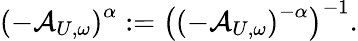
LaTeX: \left(-\mathcal{A}_{U,\omega}\right)^{\alpha}:=\left(\left(-\mathcal{A}_{U,\omega}\right)^{-\alpha}\right)^{-1}.